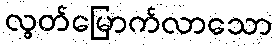
လွတ်မြောက်လာသော